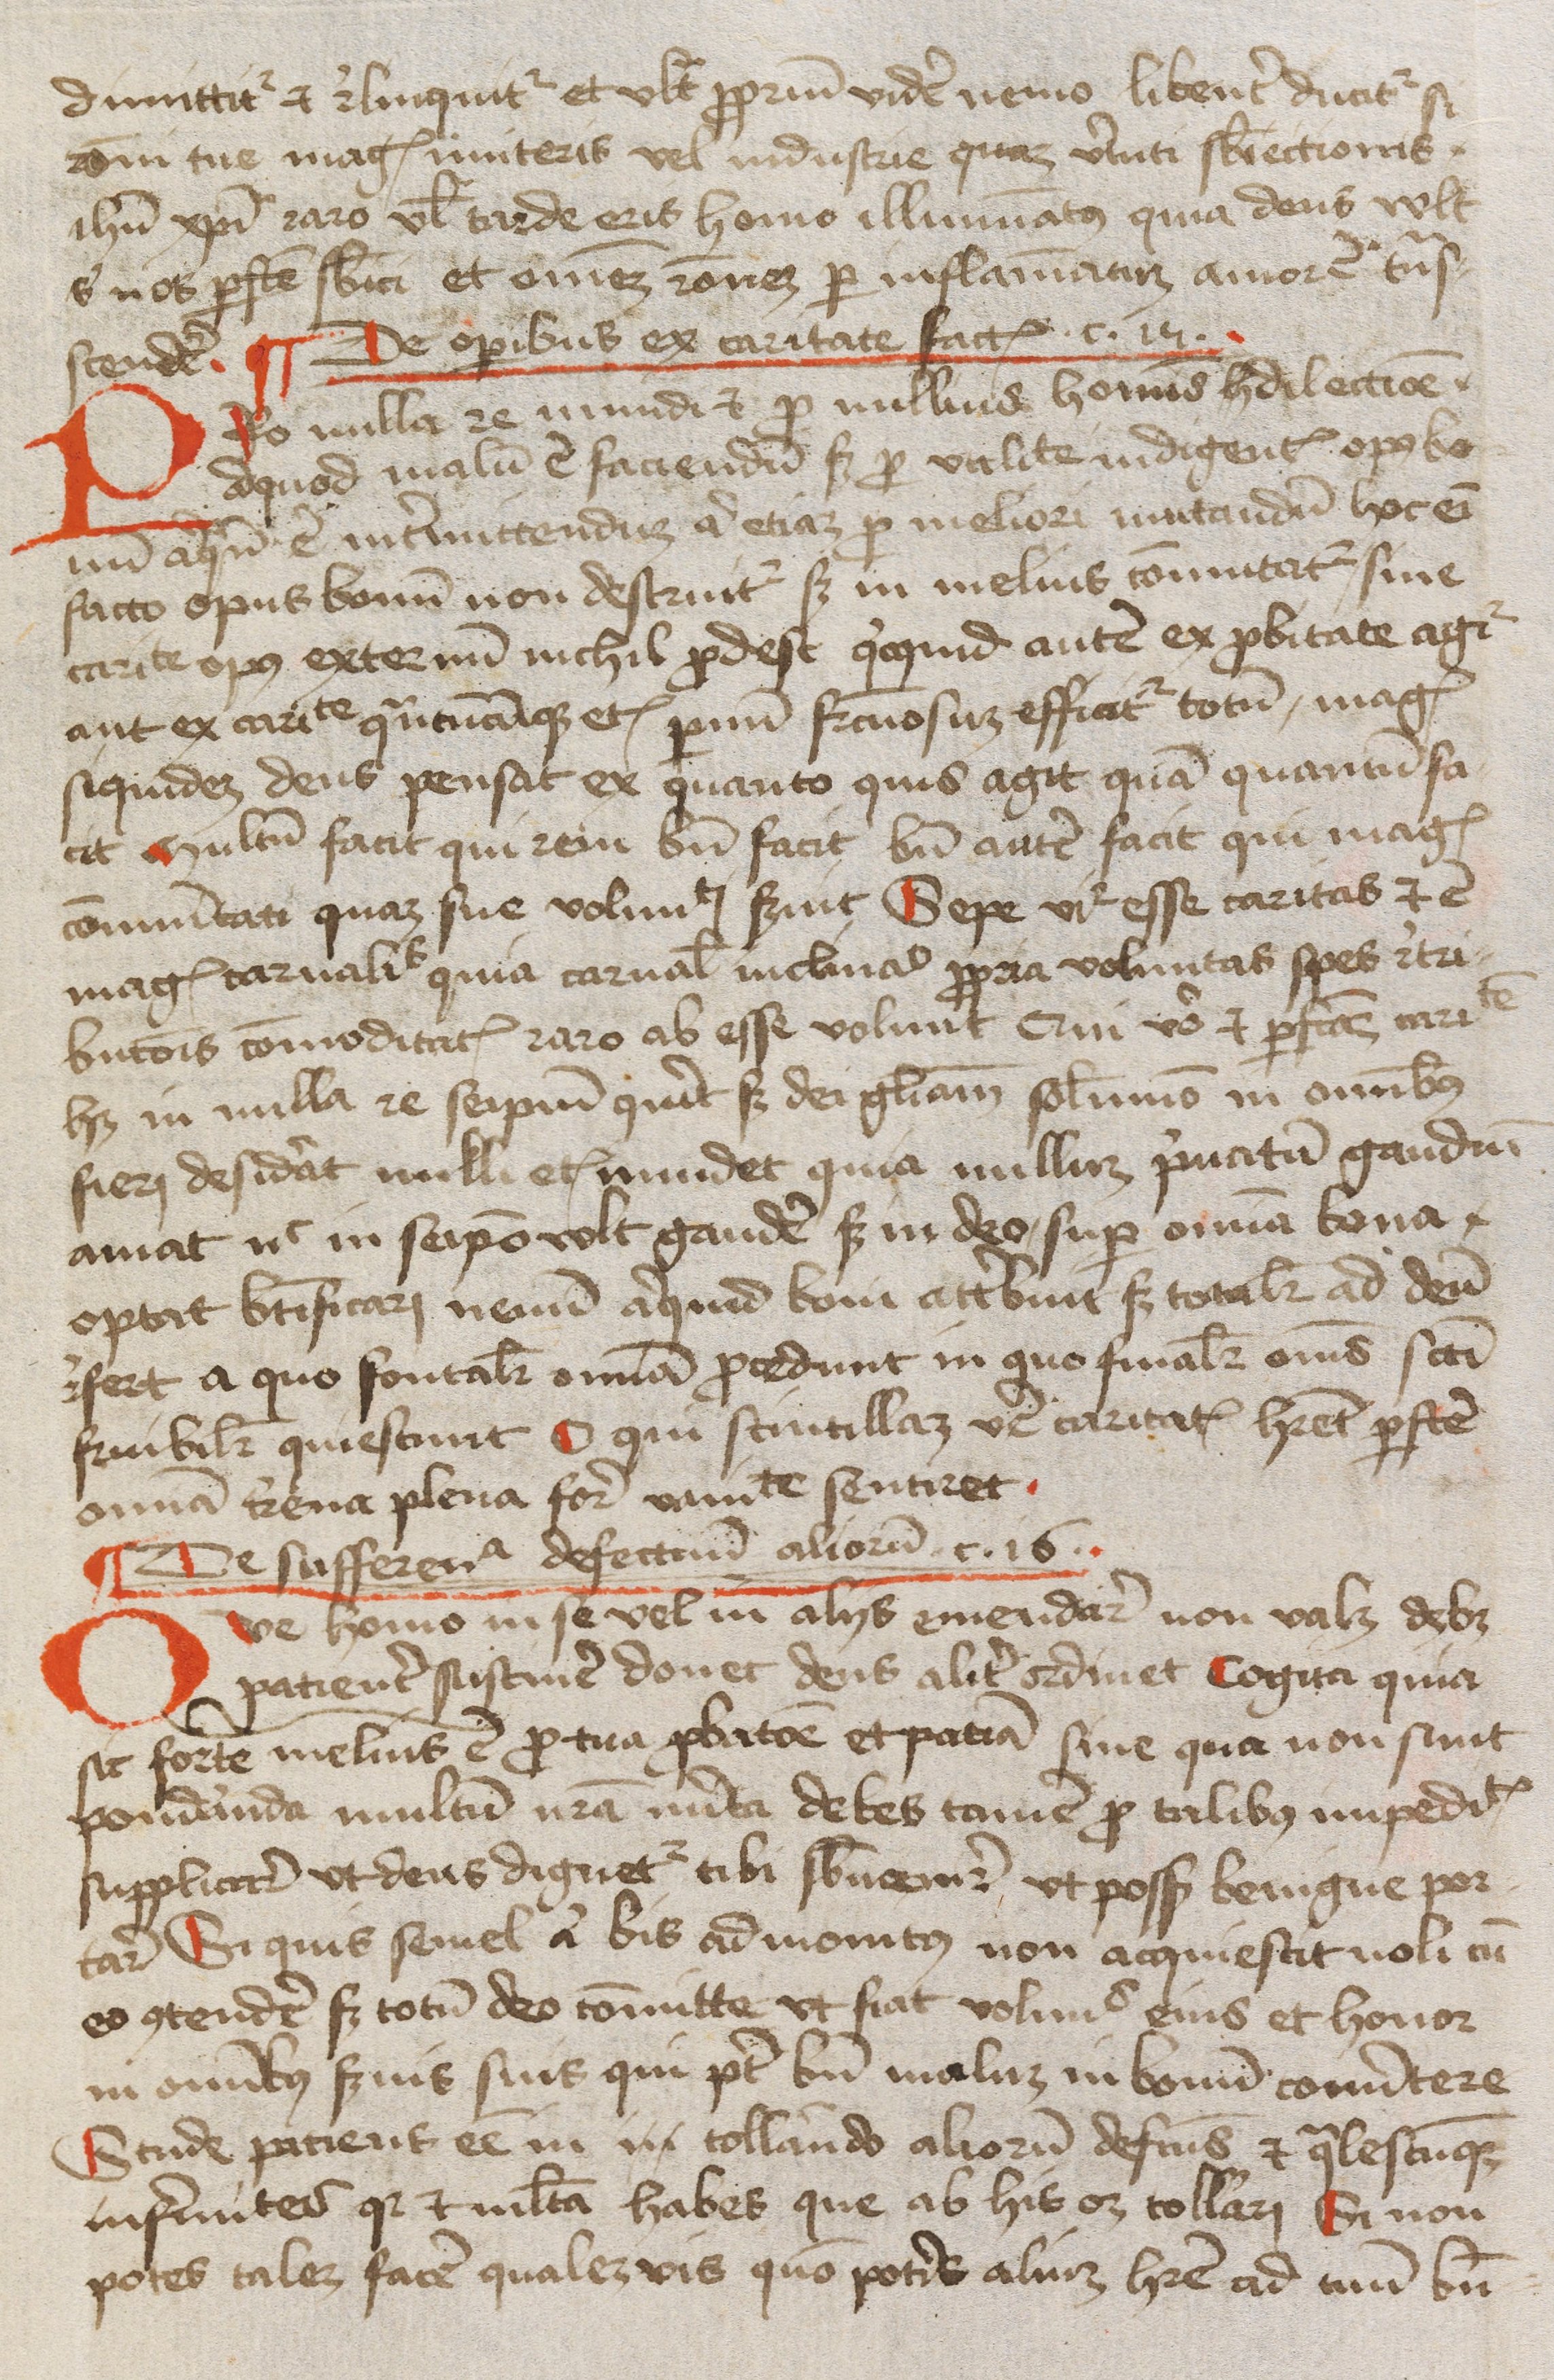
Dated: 1450–1474